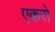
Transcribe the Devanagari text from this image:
एकरो